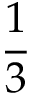
\frac 1 3